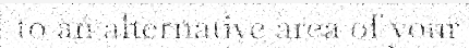
to an alternative area of your